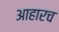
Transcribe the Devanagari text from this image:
आहारच